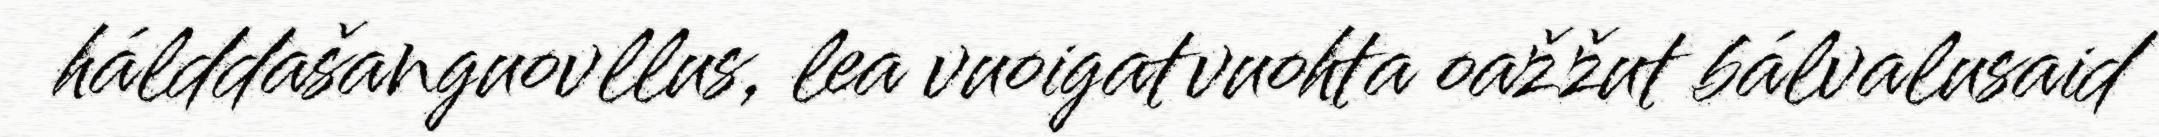
hálddašanguovllus, lea vuoigatvuohta oažžut bálvalusaid